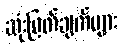
ဆုံးဖြတ်ချက်များ